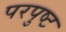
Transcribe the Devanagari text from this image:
परपुष्ट